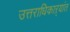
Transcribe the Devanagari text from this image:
उत्तराधिकाऱ्यांत